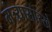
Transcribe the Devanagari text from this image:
मंत्र्यासारखे